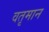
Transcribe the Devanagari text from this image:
वतृमान